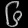
Digit: ၆